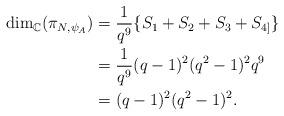
LaTeX: \begin{align*}\dim_{\mathbb{C}}(\pi_{N,\psi_{A}}) & = \frac{1}{q^{9}}\{S_{1} + S_{2} + S_{3}+S_{4]}\} \\&= \frac{1}{q^{9}}(q-1)^2(q^2-1)^2q^9\\&= (q-1)^{2}(q^2-1)^2.\end{align*}